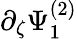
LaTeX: \partial_{\zeta}\Psi_{1}^{(2)}